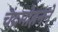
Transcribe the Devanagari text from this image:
चंद्रमोहनने